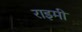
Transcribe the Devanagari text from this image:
राइमी